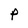
Character: p